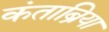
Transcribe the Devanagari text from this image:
कंताब्रिया